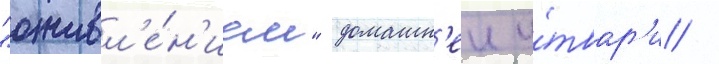
"оживл'е́н'ием" домашн'еи у́твар'и /